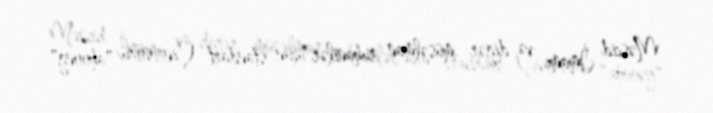
Məscid İmamı və digər müsəlman ruhanilər üçün standart Çin sözü "ahoong"